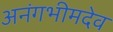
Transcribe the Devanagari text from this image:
अनंगभीमदेव